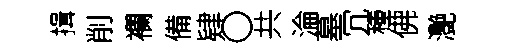
揖削襴備肄〇共淪墓冗種佛灔